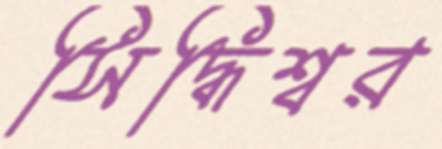
সিদ্ধিশ্বর